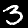
Digit: 3